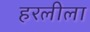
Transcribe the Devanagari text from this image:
हरलीला